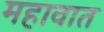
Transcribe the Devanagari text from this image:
महावात